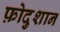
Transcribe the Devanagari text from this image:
फ़ोदुशान